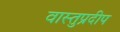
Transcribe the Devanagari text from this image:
वास्तुप्रदीप